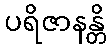
ပရိဇာနန္တိ